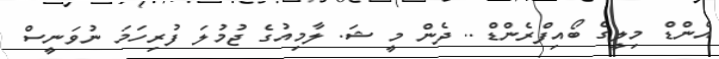
އެންޑް މިލީގެ ބޯއިފްރެންޑް.. ދެން މީ ޝަ. ލާމިއުގެ ޖުމުލަ ފުރިހަމަ ނުވަނީސް